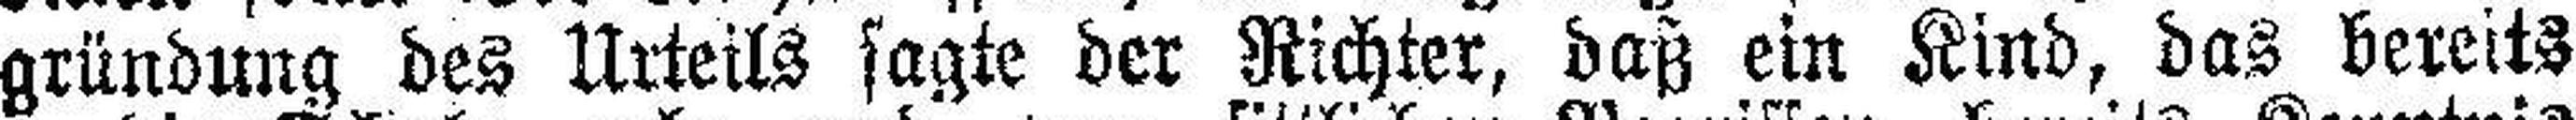
gründung des Urteils sagte der Richter, daß ein Kind, das bereits